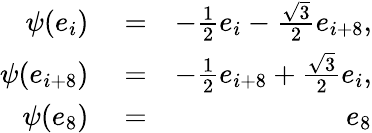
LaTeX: \begin{array}{rlr}{\psi(e_{i})}&{{}=}&{-\frac{1}{2}e_{i}-\frac{\sqrt{3}}{2}e_{i+8},}\\ {\psi(e_{i+8})}&{{}=}&{-\frac{1}{2}e_{i+8}+\frac{\sqrt{3}}{2}e_{i},}\\ {\psi(e_{8})}&{{}=}&{e_{8}}\end{array}